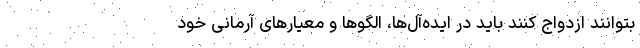
بتوانند ازدواج کنند باید در ایده‌آل‌ها، الگوها و معیارهای آرمانی خود